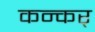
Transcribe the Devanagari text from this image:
कन्कर्